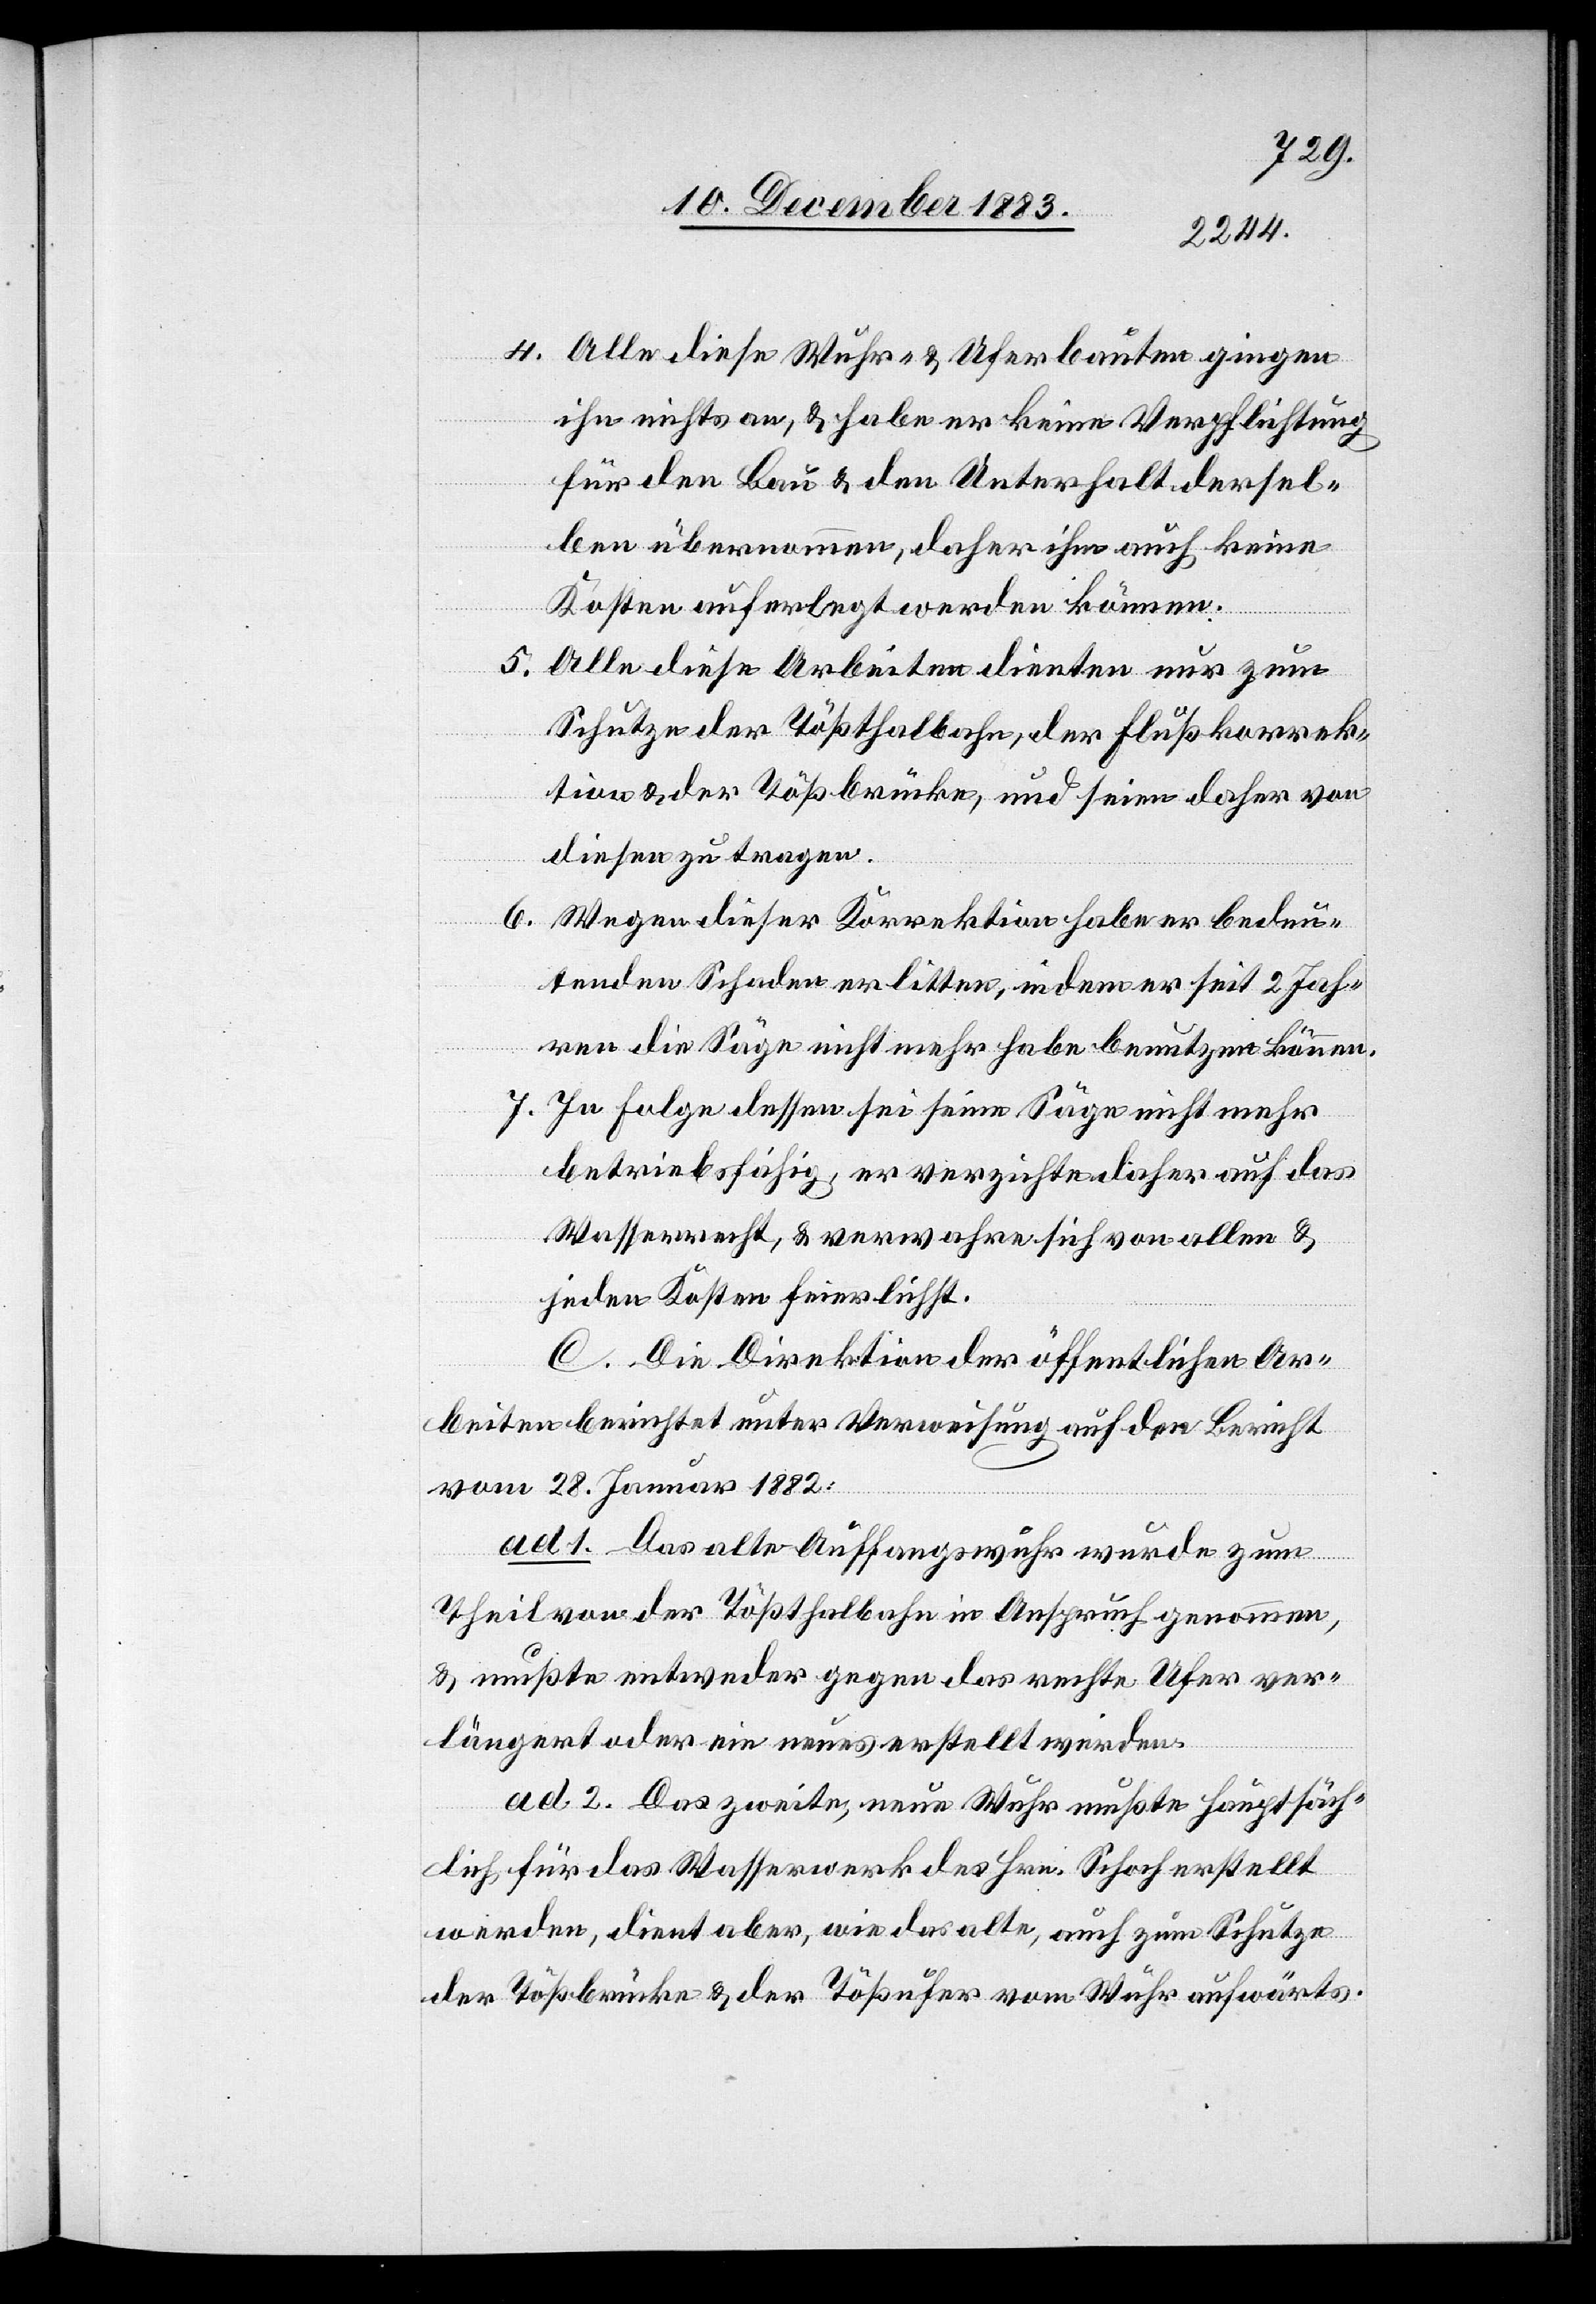
4. Alle diese Wuhr- & Uferbauten gingen
ihn nichts an, & habe er keine Verpflichtung
für den Bau & den Unterhalt dersel¬
ben übernommen, daher ihm auch keine
Kosten auferlegt werden können.
5.
Alle diese Arbeiten dienten nur zum
Schutze der Tößthalbahn, der Flußkorrek¬
tion & der Tößbrücke, und seinen daher von
diesen zu tragen.
Wegen dieser Korrektion habe er bedeu¬
6.
tenden Schaden erlitten, indem er seit 2 Jah¬
ren die Säge nicht mehr habe benutzen können.
7. In Folge dessen sei seine Säge nicht mehr
betriebsfähig, er verzichte daher auf das
Wasserrecht, & verwahre sich von allen &
jeden Kosten feierlichst.
C. Die Direktion der öffentlichen Ar¬
beiten berichtet unter Verweisung auf den Bericht
vom 28. Januar 1882.
ad 1. Das alte Auffangswuhr wurde zum
Theil von der Tößthalbahn in Anspruch genommen,
& mußte entweder gegen das rechte Ufer ver¬
längert oder ein neues erstellt werden.
ad 2. Das zweite, neue Wuhr mußte hauptsäch¬
lich für das Wasserwerk des Hrn. Schoch erstellt
werden, dient aber, wie das alte, auch zum Schutze
der Tößbrücke & der Tößufer vom Wuhr abwärts.